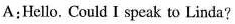
A:Hello. Could I speak to Linda?